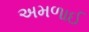
અમળાઈ